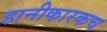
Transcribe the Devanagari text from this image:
हानीकारकच